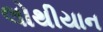
લોથીયાન